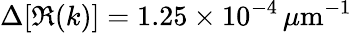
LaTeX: \Delta[\Re(k)]=1.25\times 10^{-4}\, {\mu\mathrm{m}}^{-1}